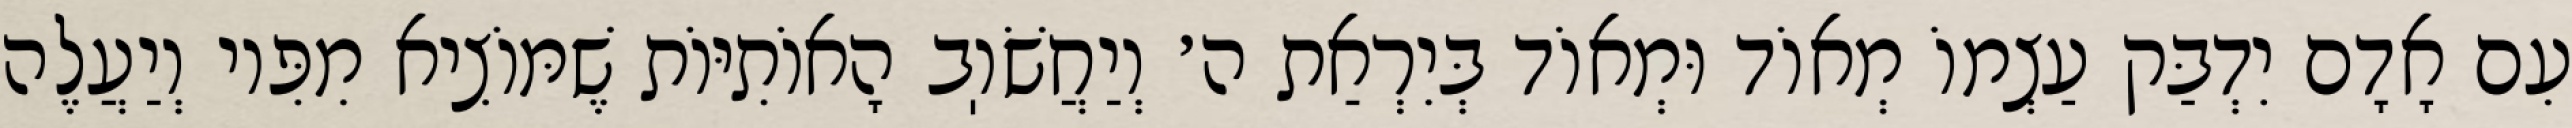
עִם אָדָם יִדְבַּק עַצְמוֹ מְאוֹד וּמְאוֹד בְּיִרְאַת ה׳ וְיַחֲשֹׁוֽב הָאוֹתִיּוֹת שֶׁמּוֹצִיא מִפִּיו וְיַעֲלֶה